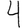
Digit: 4